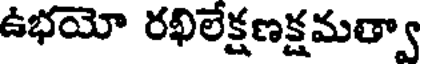
ఉభయో రఖిలేక్షణక్షమత్వా